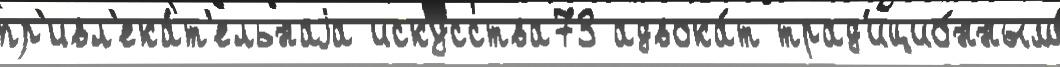
пр'ивл'ека́т'ельнаjа искусства73 адвока́т трад'ицио́нным